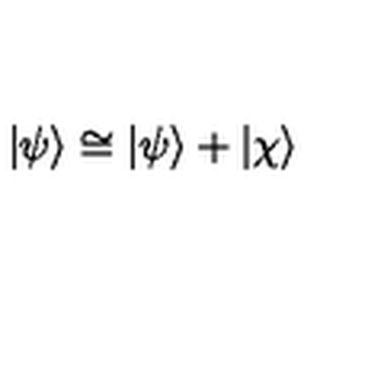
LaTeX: | \psi \rangle \cong | \psi \rangle + | \chi \rangle